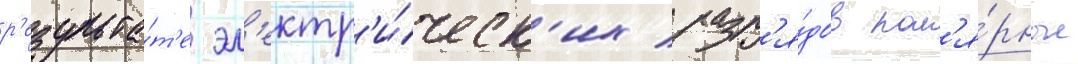
р'езульта́т'е эл'ектр'и́ческ'их разр'я́дов пол'я́рные